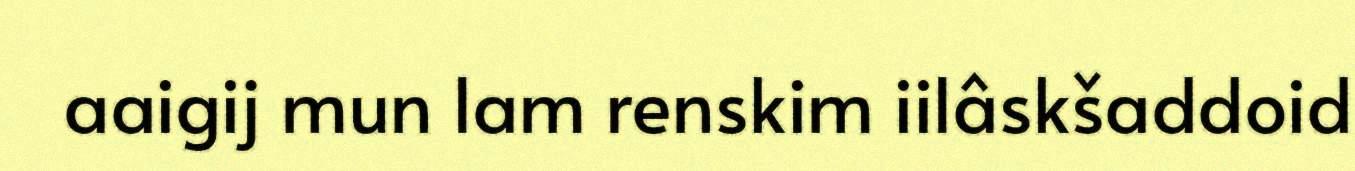
aaigij mun lam renskim iilâskšaddoid